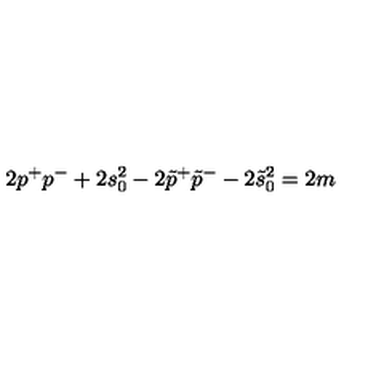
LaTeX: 2 p ^ { + } p ^ { - } + 2 s _ { 0 } ^ { 2 } - 2 \tilde { p } ^ { + } \tilde { p } ^ { - } - 2 \tilde { s } _ { 0 } ^ { 2 } = 2 m